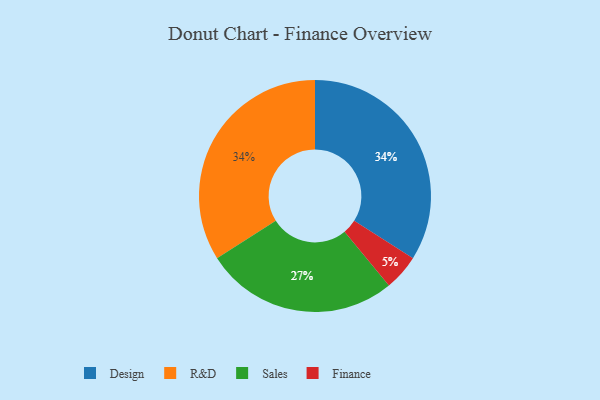
{"axis": {"x": "Category", "y": "Percentage"}, "legend": ["Design", "Finance", "R&D", "Sales"], "data": [{"x": "Sales", "y": 27, "type": "Sales"}, {"x": "Finance", "y": 5, "type": "Finance"}, {"x": "Design", "y": 34, "type": "Design"}, {"x": "R&D", "y": 34, "type": "R&D"}]}